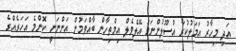
އަދި މިހާރު އަމަލުކުރާ އުސޫލުންނަމަ އޭލެވެލް އިމްތިހާން ބާއްވަމުން އަންނަނީ ކޮންމެ އަހަރެެއްގެ